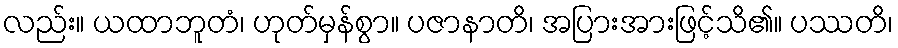
လည်း။ ယထာဘူတံ၊ ဟုတ်မှန်စွာ။ ပဇာနာတိ၊ အပြားအားဖြင့်သိ၏။ ပဿတိ၊